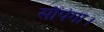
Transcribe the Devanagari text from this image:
सौंपेगा।